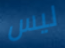
ليس